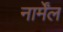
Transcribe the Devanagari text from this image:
नार्मेंल